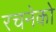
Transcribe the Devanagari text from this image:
रचनेको